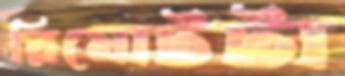
রিমোটটা